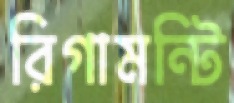
রিগামন্টি